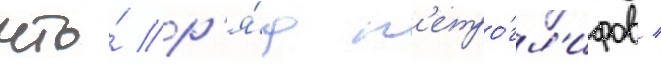
что́ р'я́д п'етро́гл'ифов /